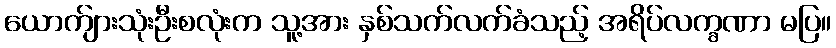
ယောက်ျားသုံးဦးစလုံးက သူ့အား နှစ်သက်လက်ခံသည့် အရိပ်လက္ခဏာ မပြ။